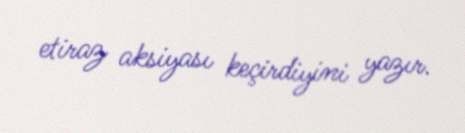
etiraz aksiyası keçirdiyini yazır.